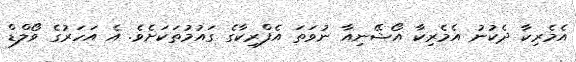
އެމެރިކާ ދެކުނު އެމެރިކާ އޯޝޭނިއާ ނުވަތަ އެފްރިކާގެ ގައުމުތަކަށެވެ. އެ އަހަރުގެ ވޯލްޑް